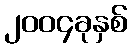
၂၀၀၄ခုနှစ်